Scottish Leaving Certificate Examination, 1958
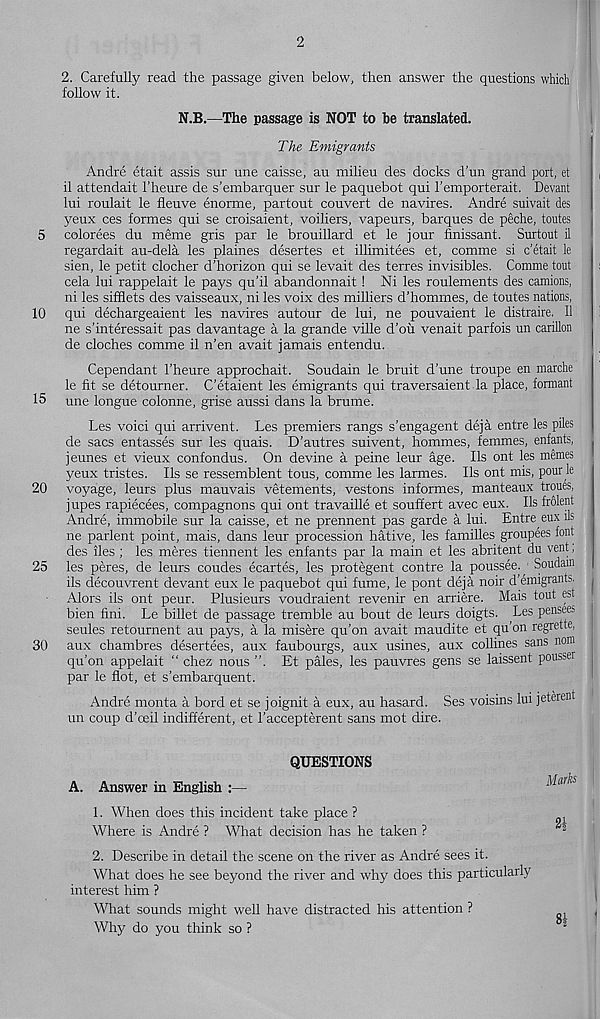
5
10
15
20
25
30
2
2. Carefully read the passage given below, then answer the questions which
follow it.
N.B.—The passage is NOT to be translated.
The Emigrants
Andre etait assis sur une caisse, au milieu des docks d'un grand port, et
il attendait I’heure de s’embarquer sur le paquebot qui I’emporterait. Devant
lui roulait le fleuve enorme, partout couvert de navires. Andre suivait des
yeux ces formes qui se croisaient, voiliers, vapeurs, barques de peche, toutes
colorees du meme gris par le brouillard et le jour finissant. Surtout il
regardait au-dela les plaines desertes et illimitees et, comme si c’etait le
sien, le petit clocher d’horizon qui se levait des terres invisibles. Comme tout
cela lui rappelait le pays qu’il abandonnait! Ni les roulements des camions,
ni les sifflets des vaisseaux, ni les voix des milliers d’hommes, de toutes nations,
qui dechargeaient les navires autour de lui, ne pouvaient le distraire. Il
ne s’interessait pas davantage a la grande ville d’ou venait parfois un carillon
de cloches comme il n’en avait jamais entendu.
Cependant 1’heure approchait. Soudain le bruit d’une troupe en marche
le fit se detourner. C’etaient les emigrants qui traversaient la place, formant
une longue colonne, grise aussi dans la brume.
Les voici qui arrivent. Les premiers rangs s’engagent deja entre les piles
de sacs entasses sur les quais. D’autres suivent, hommes, femmes, enfants,
jeunes et vieux confondus. On devine a peine leur age. Ils ont les memes
yeux tristes. Ils se ressemblent tous, comme les larmes. Ils ont mis, pour le
voyage, leurs plus mauvais vetements, vestons informes, manteaux troues,
jupes rapiecees, compagnons qui ont travaille et souffert avec eux. Ils frolent
Andre, immobile sur la caisse, et ne prennent pas garde a lui. Entre eux us
ne parlent point, mais, dans leur procession hative, les families groupees font
des lies; les meres tiennent les enfants par la main et les abritent du vent,
les peres, de leurs coudes ecartes, les protegent contre la poussee. Soudain
ils decouvrent devant eux le paquebot qui fume, le pont deja noir d’emigrants.
Alors ils ont peur. Plusieurs voudraient revenir en arriere. Mais tout est
bien fini. Le billet de passage tremble au bout de leurs doigts. Les pensees
seules retournent au pays, a la misere qu’on avait maudite et qu’on regrette,
aux chambres desertees, aux faubourgs, aux usines, aux collines sans nom
qu'on appelait “ chez nous ”. Et pales, les pauvres gens se laissent pousser
par le flot, et s’embarquent.
Andre monta a bord et se joignit a eux, au hasard. Ses voisins lui jeterent
un coup d’ceil indifferent, et 1’accepterent sans mot dire.
QUESTIONS
A. Answer in English :—
1. When does this incident take place ?
Where is Andre ? What decision has he taken ?
Marks
21
2. Describe in detail the scene on the river as Andre sees it.
What does he see beyond the river and why does this particularly
interest him ?
What sounds might well have distracted his attention ?
Why do you think so ?